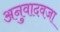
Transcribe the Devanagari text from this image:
अनुवादवजा